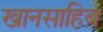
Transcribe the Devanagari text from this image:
खानसाहिब